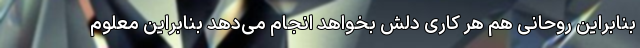
بنابراین روحانی هم هر کاری دلش بخواهد انجام می‌دهد بنابراین معلوم